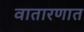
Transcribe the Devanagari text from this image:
वातारणात